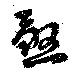
煞